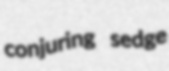
conjuring sedge